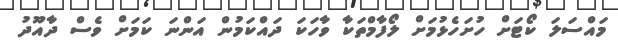
މައްސަލަ ކޯޓަށް ހުށަހެޅުމަށް ލޯފާމްތަކާ ވާހަކަ ދައްކަމުން އަންނަ ކަމަށް ވެސް ދާއޫދު